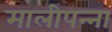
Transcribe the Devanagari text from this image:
मालीपन्‍ना